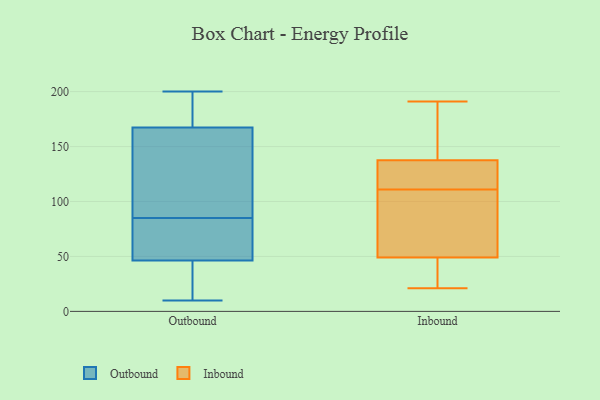
{"axis": {"x": "Shipments", "y": "Value"}, "legend": ["Inbound", "Outbound"], "data": [{"x": "", "y": 183, "type": "Outbound"}, {"x": "", "y": 63, "type": "Outbound"}, {"x": "", "y": 26, "type": "Outbound"}, {"x": "", "y": 55, "type": "Outbound"}, {"x": "", "y": 200, "type": "Outbound"}, {"x": "", "y": 53, "type": "Outbound"}, {"x": "", "y": 18, "type": "Outbound"}, {"x": "", "y": 85, "type": "Outbound"}, {"x": "", "y": 10, "type": "Outbound"}, {"x": "", "y": 160, "type": "Outbound"}, {"x": "", "y": 124, "type": "Outbound"}, {"x": "", "y": 146, "type": "Outbound"}, {"x": "", "y": 183, "type": "Outbound"}, {"x": "", "y": 10, "type": "Outbound"}, {"x": "", "y": 200, "type": "Outbound"}, {"x": "", "y": 162, "type": "Outbound"}, {"x": "", "y": 58, "type": "Outbound"}, {"x": "", "y": 173, "type": "Inbound"}, {"x": "", "y": 129, "type": "Inbound"}, {"x": "", "y": 47, "type": "Inbound"}, {"x": "", "y": 191, "type": "Inbound"}, {"x": "", "y": 188, "type": "Inbound"}, {"x": "", "y": 139, "type": "Inbound"}, {"x": "", "y": 41, "type": "Inbound"}, {"x": "", "y": 104, "type": "Inbound"}, {"x": "", "y": 120, "type": "Inbound"}, {"x": "", "y": 89, "type": "Inbound"}, {"x": "", "y": 21, "type": "Inbound"}, {"x": "", "y": 74, "type": "Inbound"}, {"x": "", "y": 164, "type": "Inbound"}, {"x": "", "y": 118, "type": "Inbound"}, {"x": "", "y": 38, "type": "Inbound"}, {"x": "", "y": 121, "type": "Inbound"}, {"x": "", "y": 37, "type": "Inbound"}, {"x": "", "y": 136, "type": "Inbound"}, {"x": "", "y": 68, "type": "Inbound"}, {"x": "", "y": 51, "type": "Inbound"}]}